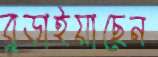
বুড়াইয়াছেন